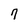
Character: 7